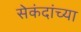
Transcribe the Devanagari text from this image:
सेकंदांच्या